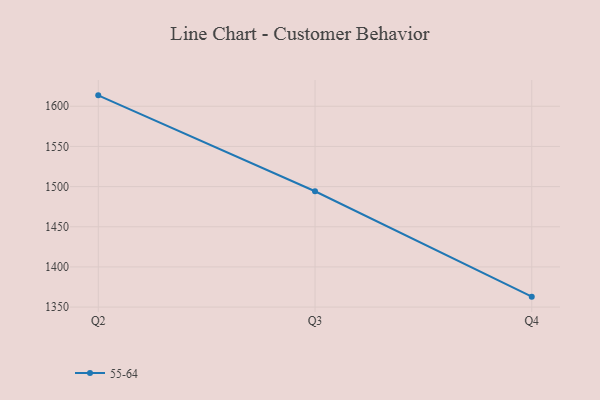
{"axis": {"x": "Quarter", "y": "Customer Acquisition Cost (USD)"}, "legend": ["55-64"], "data": [{"x": "Q2", "y": 1613.6, "type": "55-64"}, {"x": "Q3", "y": 1494.2, "type": "55-64"}, {"x": "Q4", "y": 1363.0, "type": "55-64"}]}